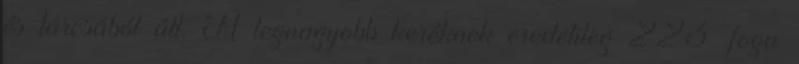
és tárcsából áll. A legnagyobb keréknek eredetileg 223 foga